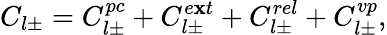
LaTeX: C_{l\pm}=C_{l\pm}^{pc}+C_{l\pm}^{e\mathbf{x}t}+C_{l\pm}^{rel}+C_{l\pm}^{vp},